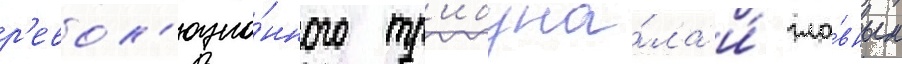
р'евол'юцио́нного тр'ибуна́ла и́ гла́вным